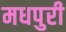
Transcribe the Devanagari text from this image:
मधपुरी